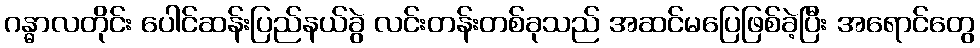
ဂန္ဓာလတိုင်း ပေါင်ဆန်းပြည်နယ်ခွဲ လင်းတန်းတစ်ခုသည် အဆင်မပြေဖြစ်ခဲ့ပြီး အရောင်တွေ